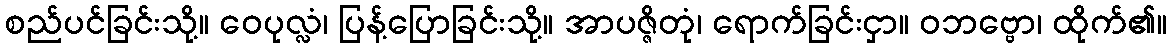
စည်ပင်ခြင်းသို့။ ဝေပုလ္လံ၊ ပြန့်ပြောခြင်းသို့။ အာပဇ္ဇိတုံ၊ ရောက်ခြင်းငှာ။ ဝဘဗ္ဗော၊ ထိုက်၏။